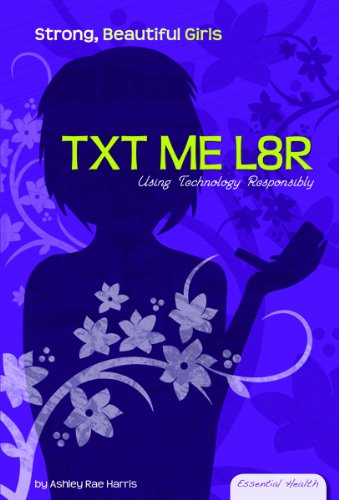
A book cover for Txt Me L8r: Using Technology Responsibly (Essential Health: Strong, Beautiful Girls); Ashley Rae Harris; Teen & Young Adult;